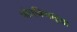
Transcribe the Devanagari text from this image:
पोचविणाऱ्या